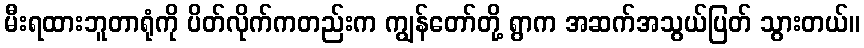
မီးရထားဘူတာရုံကို ပိတ်လိုက်ကတည်းက ကျွန်တော်တို့ ရွာက အဆက်အသွယ်ပြတ် သွားတယ်။